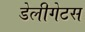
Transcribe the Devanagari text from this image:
डेलीगेटस